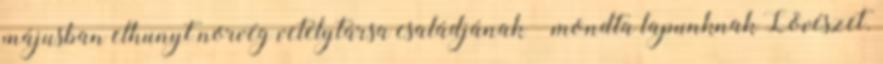
májusban elhunyt norvég vetélytársa családjának – mondta lapunknak Lövészet.